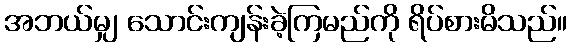
အဘယ်မျှ သောင်းကျန်းခဲ့ကြမည်ကို ရိပ်စားမိသည်။